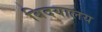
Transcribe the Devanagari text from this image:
बिदयालय